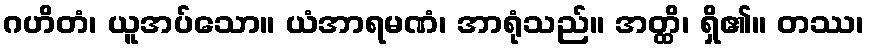
ဂဟိတံ၊ ယူအပ်သော။ ယံအာရမဏံ၊ အာရုံသည်။ အတ္ထိ၊ ရှိ၏။ တဿ၊